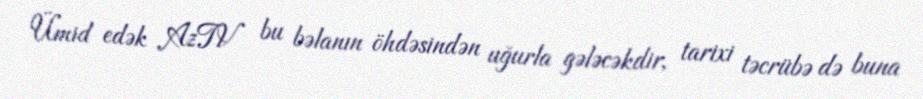
Ümid edək AzTV bu bəlanın öhdəsindən uğurla gələcəkdir, tarixi təcrübə də buna